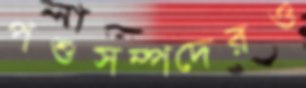
পশুসম্পদেরও